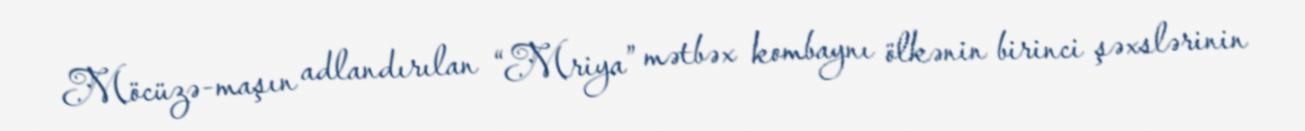
Möcüzə-maşın adlandırılan “Mriya” mətbəx kombaynı ölkənin birinci şəxslərinin